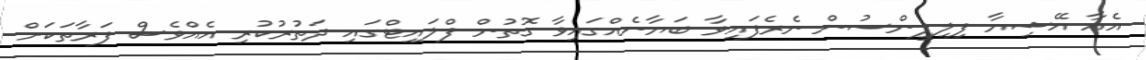
އެއާ އޭޝިޔާ ފިލިޕީންސުން ނެރެފައިވާ ބަޔާނެއްގައިވާ ގޮތުން ފްލައިޓްގައި ދަތުރުކުރި އެއްވެސް ފަރާތަކަށް